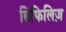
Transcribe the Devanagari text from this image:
सिफिलिज़